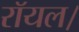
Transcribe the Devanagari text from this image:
रॉयल।